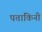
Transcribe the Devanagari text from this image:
पताकिनी